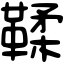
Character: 鞣